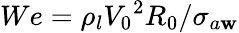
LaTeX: We={\rho}_{l}{V_{0}}^{2}R_{0}/{\sigma}_{a\mathbf{w}}